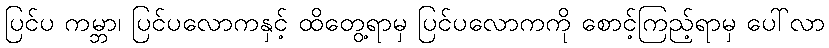
ပြင်ပ ကမ္ဘာ၊ ပြင်ပလောကနှင့် ထိတွေ့ရာမှ ပြင်ပလောကကို စောင့်ကြည့်ရာမှ ပေါ်လာ